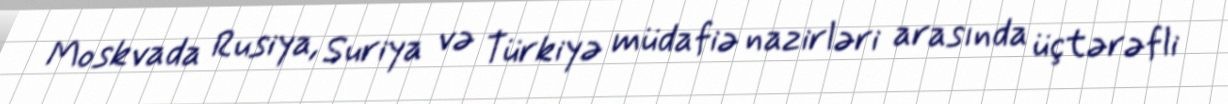
Moskvada Rusiya, Suriya və Türkiyə müdafiə nazirləri arasında üçtərəfli